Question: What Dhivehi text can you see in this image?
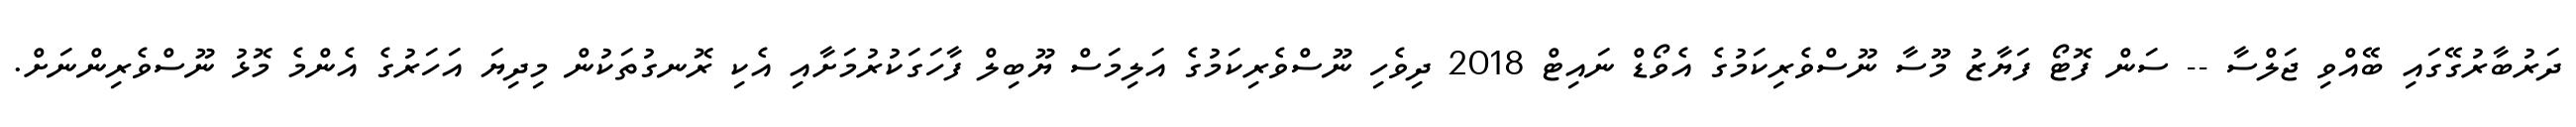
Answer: ދަރުބާރުގޭގައި ބޭއްވި ޖަލްސާ -- ސަން ފޮޓޯ ފަޔާޒު މޫސާ ނޫސްވެރިކަމުގެ އެވޯޑް ނައިޓް 2018 ދިވެހި ނޫސްވެރިކަމުގެ އަލިމަސް ޔޫބިލް ފާހަގަކުރުމަށާއި އެކި ރޮނގުތަކުން މިދިޔަ އަހަރުގެ އެންމެ މޮޅު ނޫސްވެރިންނަށް.